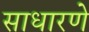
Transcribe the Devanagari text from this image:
साधारणे